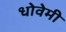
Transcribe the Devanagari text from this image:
धोवेमी